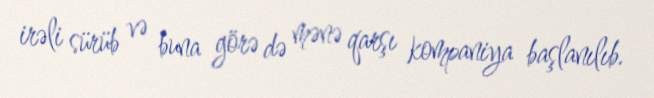
irəli sürüb və buna görə də mənə qarşı kompaniya başlanılıb.